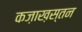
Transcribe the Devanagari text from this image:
कज़ाख़स्तन